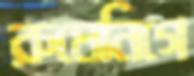
রুমেনিগে